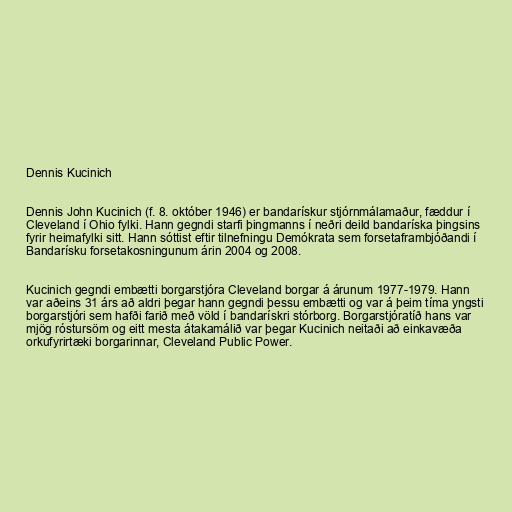
Dennis Kucinich

Dennis John Kucinich (f. 8. október 1946) er bandarískur stjórnmálamaður, fæddur í
Cleveland í Ohio fylki. Hann gegndi starfi þingmanns í neðri deild bandaríska þingsins
fyrir heimafylki sitt. Hann sóttist eftir tilnefningu Demókrata sem forsetaframbjóðandi í
Bandarísku forsetakosningunum árin 2004 og 2008.

Kucinich gegndi embætti borgarstjóra Cleveland borgar á árunum 1977-1979. Hann
var aðeins 31 árs að aldri þegar hann gegndi þessu embætti og var á þeim tíma yngsti
borgarstjóri sem hafði farið með völd í bandarískri stórborg. Borgarstjóratíð hans var
mjög róstursöm og eitt mesta átakamálið var þegar Kucinich neitaði að einkavæða
orkufyrirtæki borgarinnar, Cleveland Public Power.